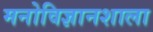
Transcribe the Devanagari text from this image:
मनोविज्ञानशाला